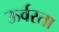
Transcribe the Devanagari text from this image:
ऊर्वरता